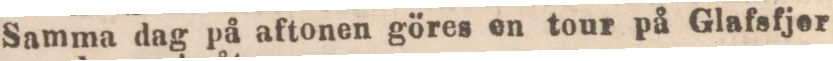
Samma dag på aftonen göres en tour på Glafsfjer-